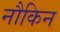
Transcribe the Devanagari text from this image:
नौकिन